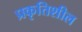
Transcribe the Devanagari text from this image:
प्रकृतिशील